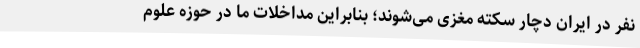
نفر در ایران دچار سکته مغزی می‌شوند؛ بنابراین مداخلات ما در حوزه علوم